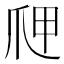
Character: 𭶫